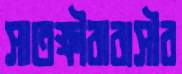
সাতক্ষীরাবাসীর